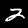
Digit: 2